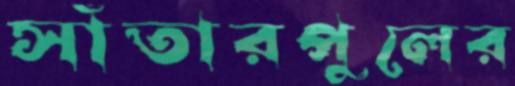
সাঁতারপুলের